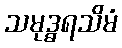
သမုဒ္ဓရသိမံ